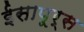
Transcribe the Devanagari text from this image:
ईसापूर्स